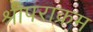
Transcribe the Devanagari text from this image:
श्रीपराक्रम